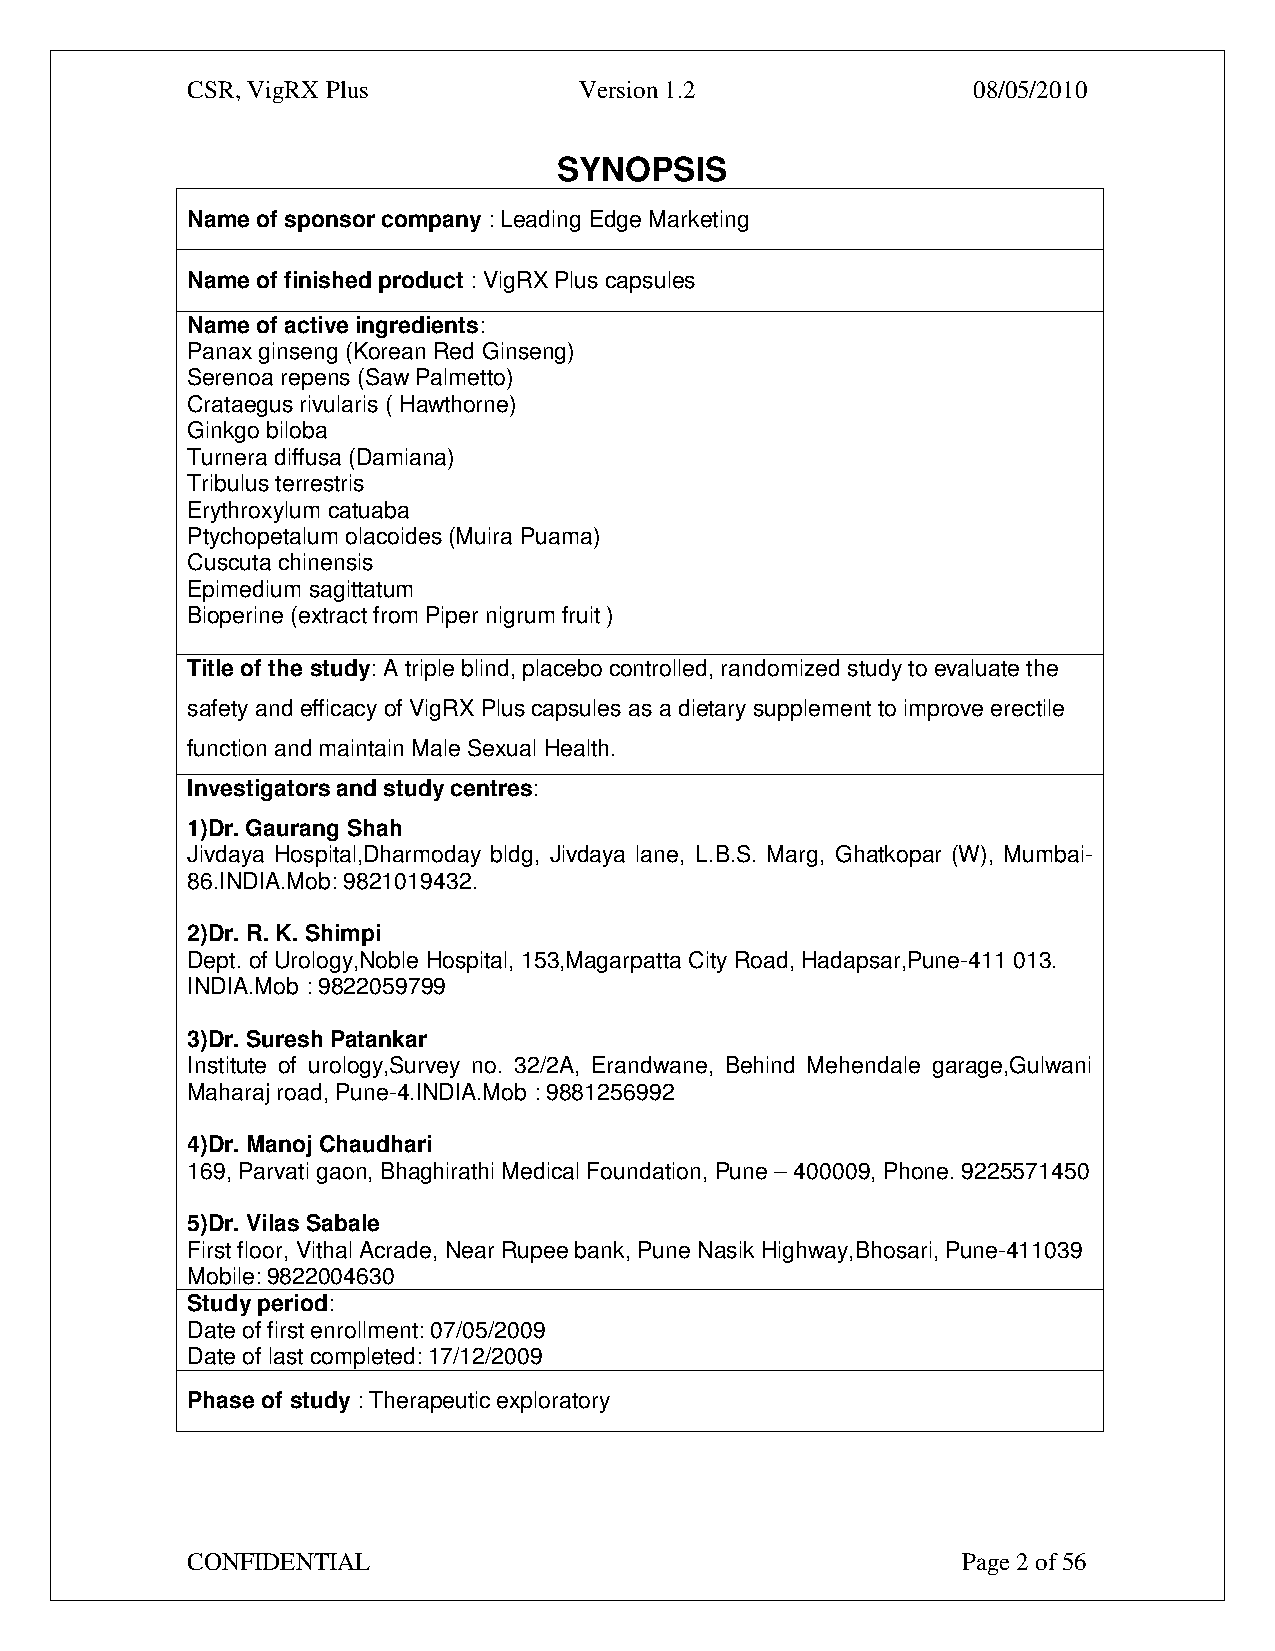
CSR, VigRX Plus           Version 1.2               08/05/2010
 SYNOPSIS
 Name of sponsor company : Leading Edge Marketing
 Name of finished product : VigRX Plus capsules
 Name of active ingredients:
 Panax ginseng (Korean Red Ginseng)
 Serenoa repens (Saw Palmetto)
 Crataegus rivularis ( Hawthorne)
 Ginkgo biloba
 Turnera diffusa (Damiana)
 Tribulus terrestris
 Erythroxylum catuaba
 Ptychopetalum olacoides (Muira Puama)
 Cuscuta chinensis
 Epimedium sagittatum
 Bioperine (extract from Piper nigrum fruit )
 Title of the study: A triple blind, placebo controlled, randomized study to evaluate the
 safety and efficacy of VigRX Plus capsules as a dietary supplement to improve erectile
 function and maintain Male Sexual Health.
 Investigators and study centres:
 1)Dr. Gaurang Shah
 Jivdaya Hospital,Dharmoday bldg, Jivdaya lane, L.B.S. Marg, Ghatkopar (W), Mumbai-
 86.INDIA.Mob: 9821019432.
 2)Dr. R. K. Shimpi
 Dept. of Urology,Noble Hospital, 153,Magarpatta City Road, Hadapsar,Pune-411 013.
 INDIA.Mob : 9822059799
 3)Dr. Suresh Patankar
 Institute of urology,Survey no. 32/2A, Erandwane, Behind Mehendale garage,Gulwani
 Maharaj road, Pune-4.INDIA.Mob : 9881256992
 4)Dr. Manoj Chaudhari
 169, Parvati gaon, Bhaghirathi Medical Foundation, Pune – 400009, Phone. 9225571450
 5)Dr. Vilas Sabale
 First floor, Vithal Acrade, Near Rupee bank, Pune Nasik Highway,Bhosari, Pune-411039
 Mobile: 9822004630
 Study period:
 Date of first enrollment: 07/05/2009
 Date of last completed: 17/12/2009
 Phase of study : Therapeutic exploratory
 CONFIDENTIAL                                        Page 2 of 56